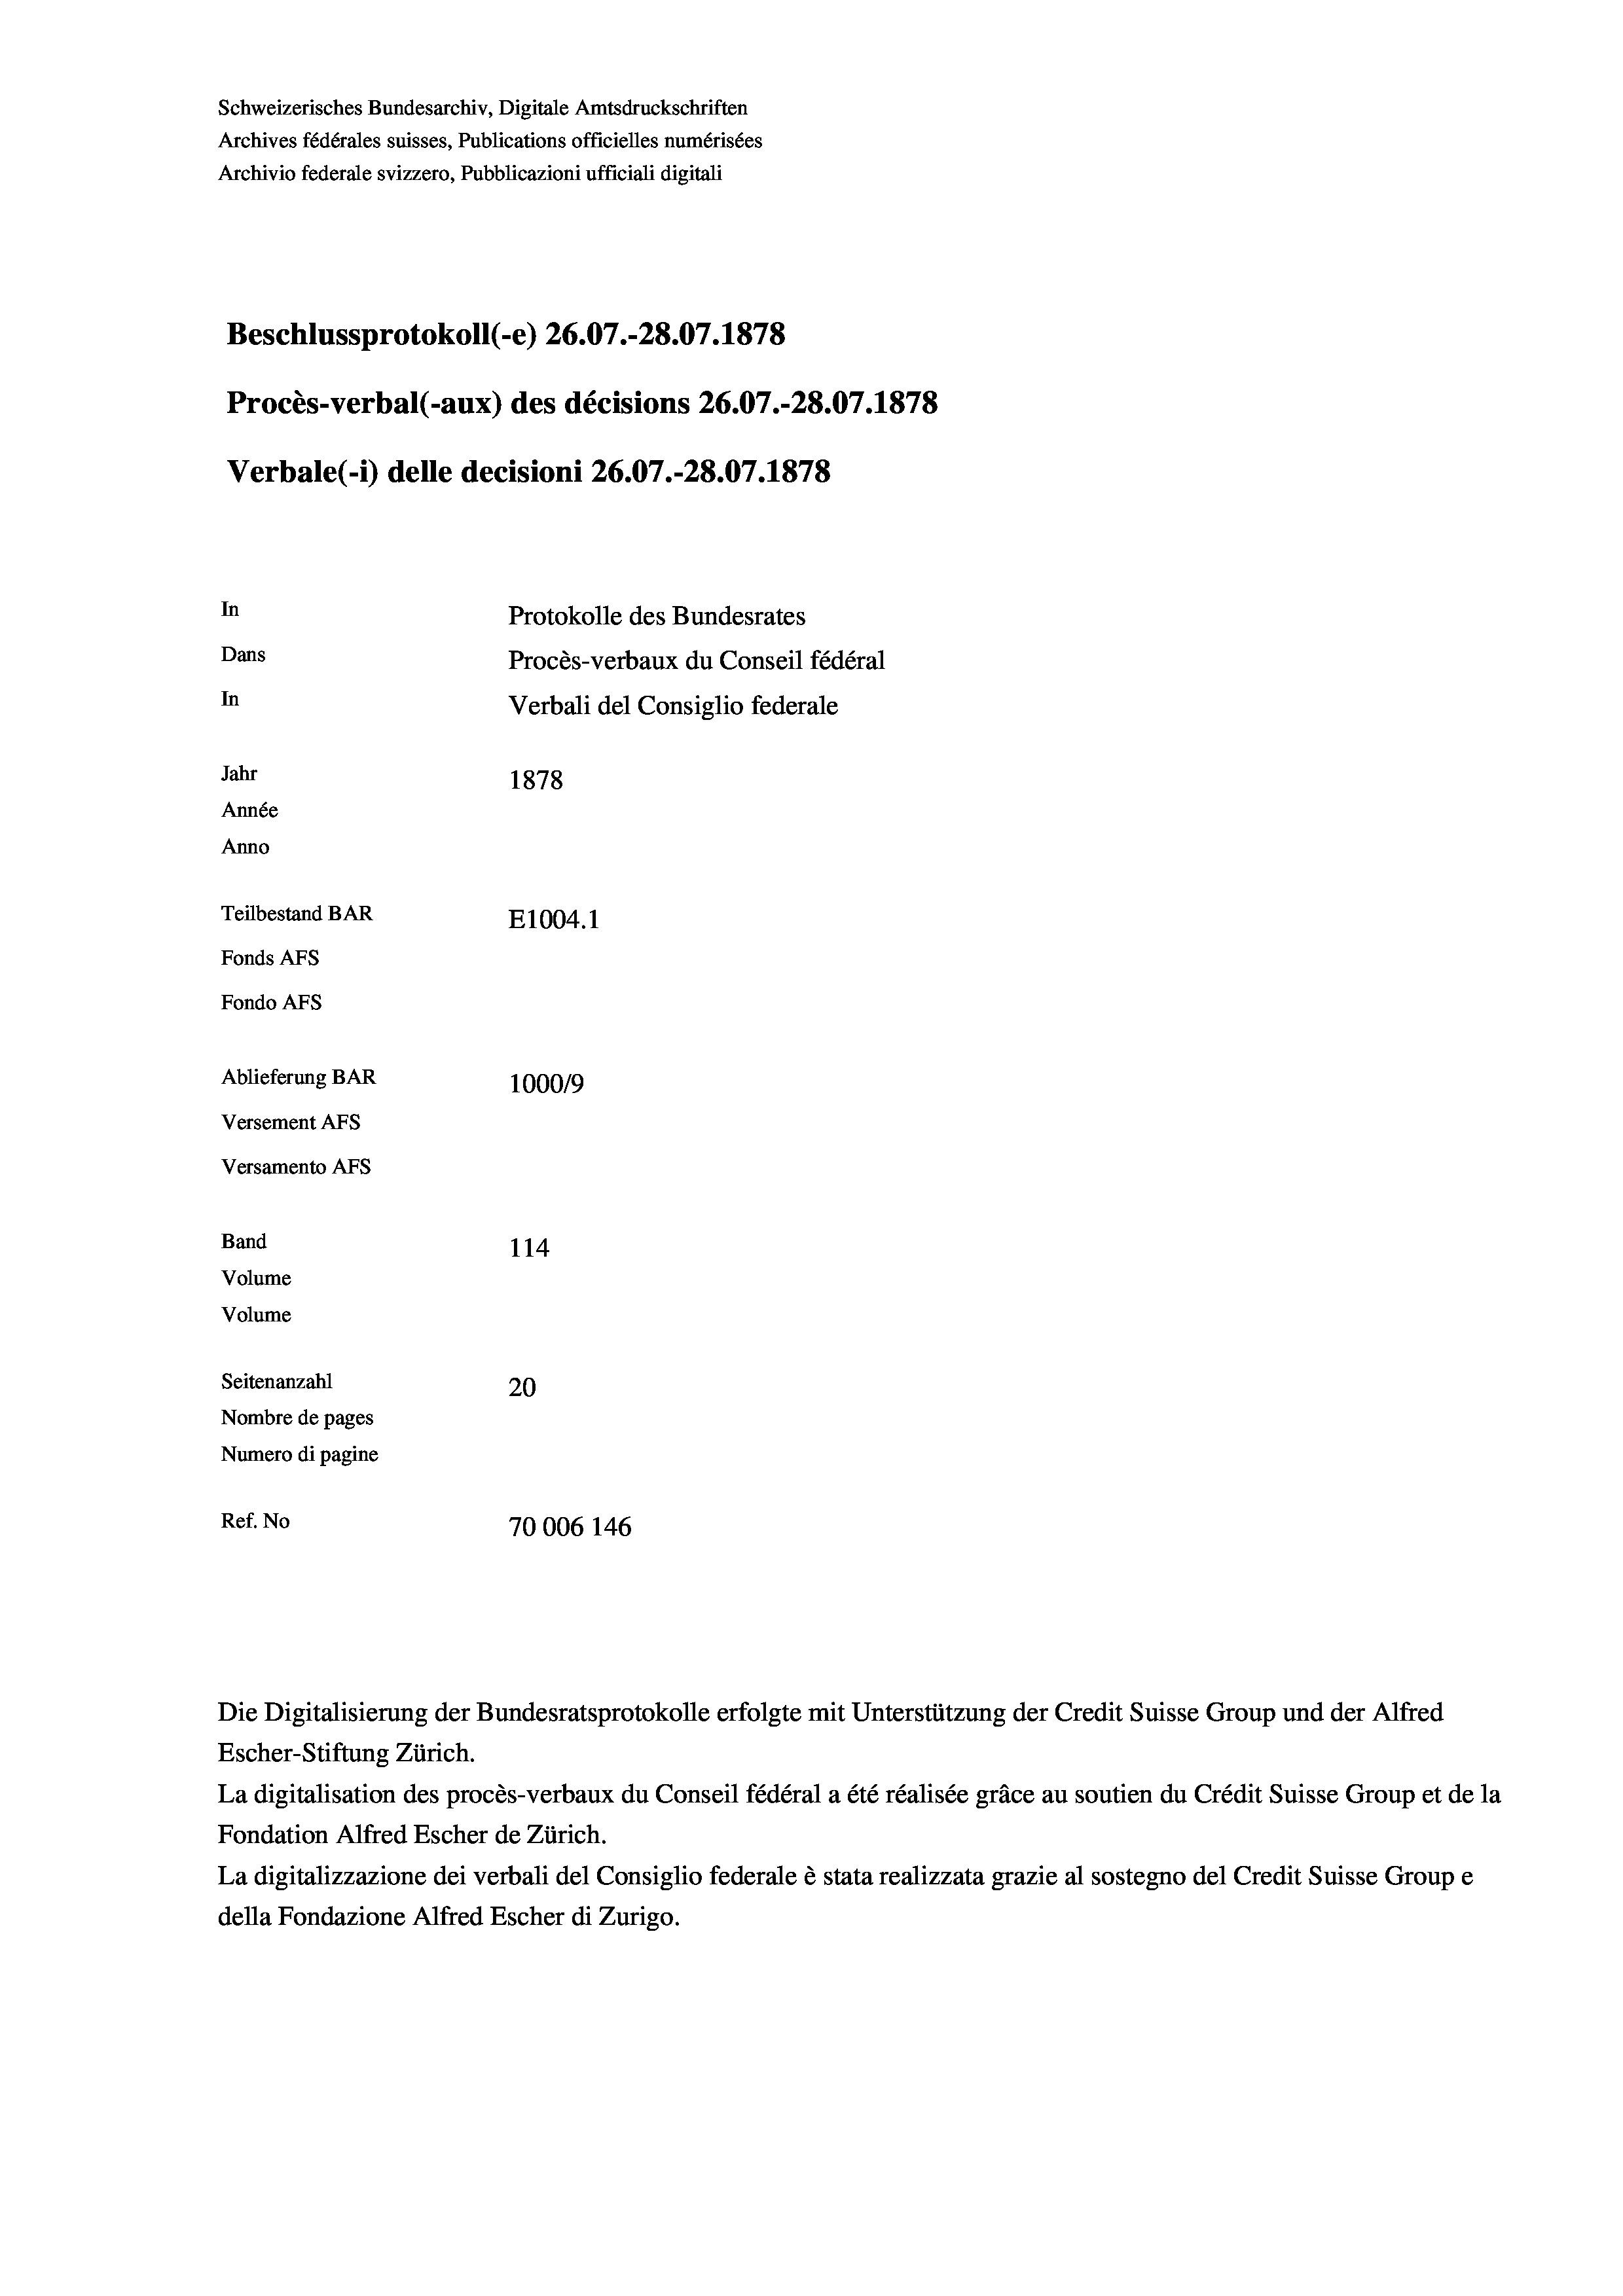
Schweizerisches Bundesarchiv, Digitale Amtsdruckschriften
Archives fédérales suisses, Publications officielles numérisées
Archivio federale svizzero, Pubblicazioni ufficiali digitali
Beschlussprotokoll (-e) 26.07.-28.07. 1878
Procès-verbal (-aux) des décisions 26.07.-28.07.1878
Verbale(- 1) delle decisioni 26.07.-28.07. 1878
In
Protokolle des Bundesrates
Dans
Procès-verbaux du Conseil fédéral
In
Verbali del Consiglio federale
Jahr
1878
Année
Anno
Teilbestand BAR
E1004. 1
Fonds AFs
Fondo Afs
Ablieferung BAR
100019
Versement AFs
Versamento Afs
Band
114
Volume
Volume
Seitenanzahl
20
Nombre de pages
Numero di pagine
Ref. No
70006 146

Die Digitalisierung der Bundesratsprotokolle erfolgte mit Unterstützung der Credit Suisse Group und der Alfred
Escher-Stiftung Zürich.
La digitalisation des procès-verbaux du Conseil fédéral a été réalisée gräce au soutien du Crédit Suisse Group et de la
Fondation Alfred Escher de Zürich.
La digitalizzazione dei verbali del Consiglio federale è stata realizzata grazie al sostegno del Credit Suisse Groupe
della Fondazione Alfred Escher di Zurigo.